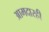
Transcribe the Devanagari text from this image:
आमदारही